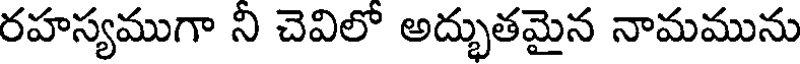
రహస్యముగా ని చెవిలో అద్భుతమైన నామమును